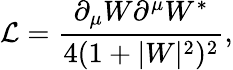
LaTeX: \mathcal{L}=\frac{\partial_{\mu}W\partial^{\mu}W^{*}}{4(1+|W|^{2})^{2}},